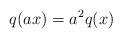
LaTeX: \begin{align*} q(ax)=a^2q(x)\end{align*}